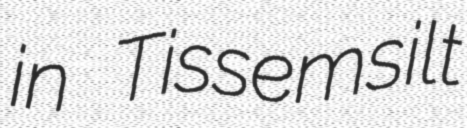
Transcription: in Tissemsilt